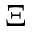
\boldsymbol { \Xi }